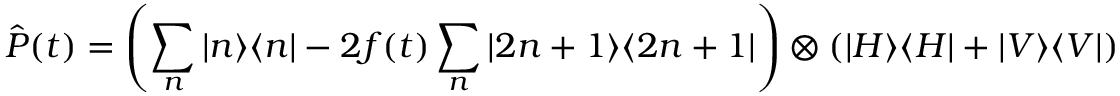
\hat { P } ( t ) = \left( \sum _ { n } | n \rangle \langle n | - 2 f ( t ) \sum _ { n } | 2 n + 1 \rangle \langle 2 n + 1 | \right) \otimes ( | H \rangle \langle H | + | V \rangle \langle V | )